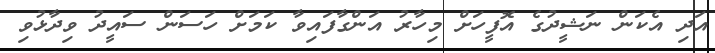
އަދި އެކަން ނަޝީދުގެ އޮފީހަށް މިހާރު އަންގާފައިވާ ކަމަށް ހަސަން ސައީދު ވިދާޅުވި